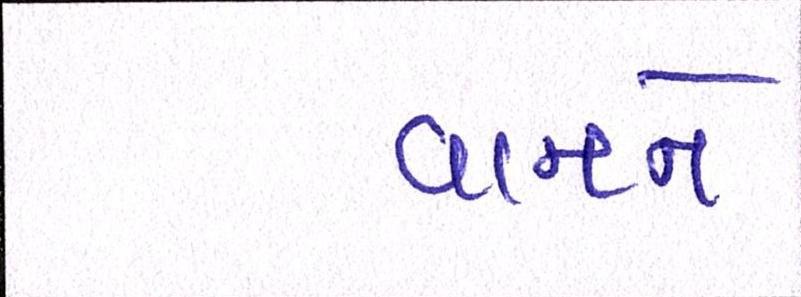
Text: વાનને